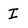
Character: I